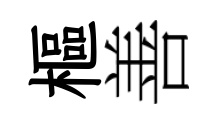
樞善